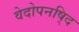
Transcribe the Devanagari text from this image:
वेदोपनषि्द